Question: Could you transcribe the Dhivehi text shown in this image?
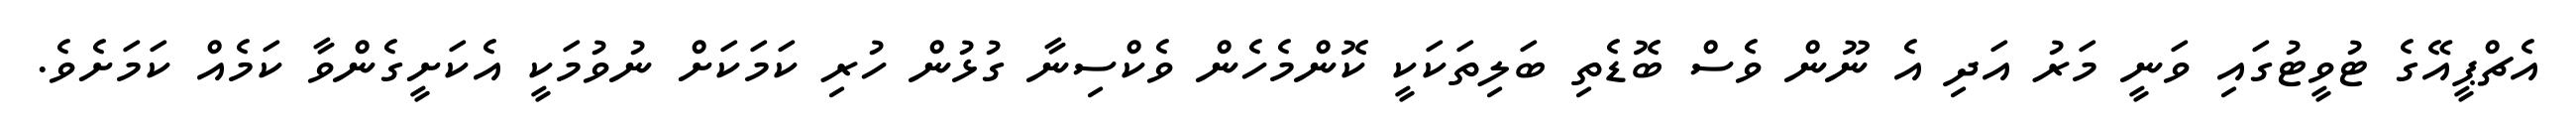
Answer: އެޗްޕީއޭގެ ޓުވީޓުގައި ވަނީ މަރު އަދި އެ ނޫން ވެސް ބޮޑެތި ބަލިތަކަކީ ކޮންމެހެން ވެކްސިނާ ގުޅުން ހުރި ކަމަކަށް ނުވުމަކީ އެކަށީގެންވާ ކަމެއް ކަމަށެވެ.